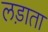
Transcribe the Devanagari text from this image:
लड़ाता